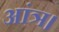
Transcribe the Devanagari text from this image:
आंत्र।